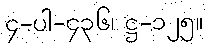
၄-ပါ-၄၃၆၊ ဋ္ဌ-၁၂၅။